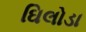
ઘિલોડા